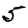
Digit: 5